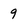
Character: 9